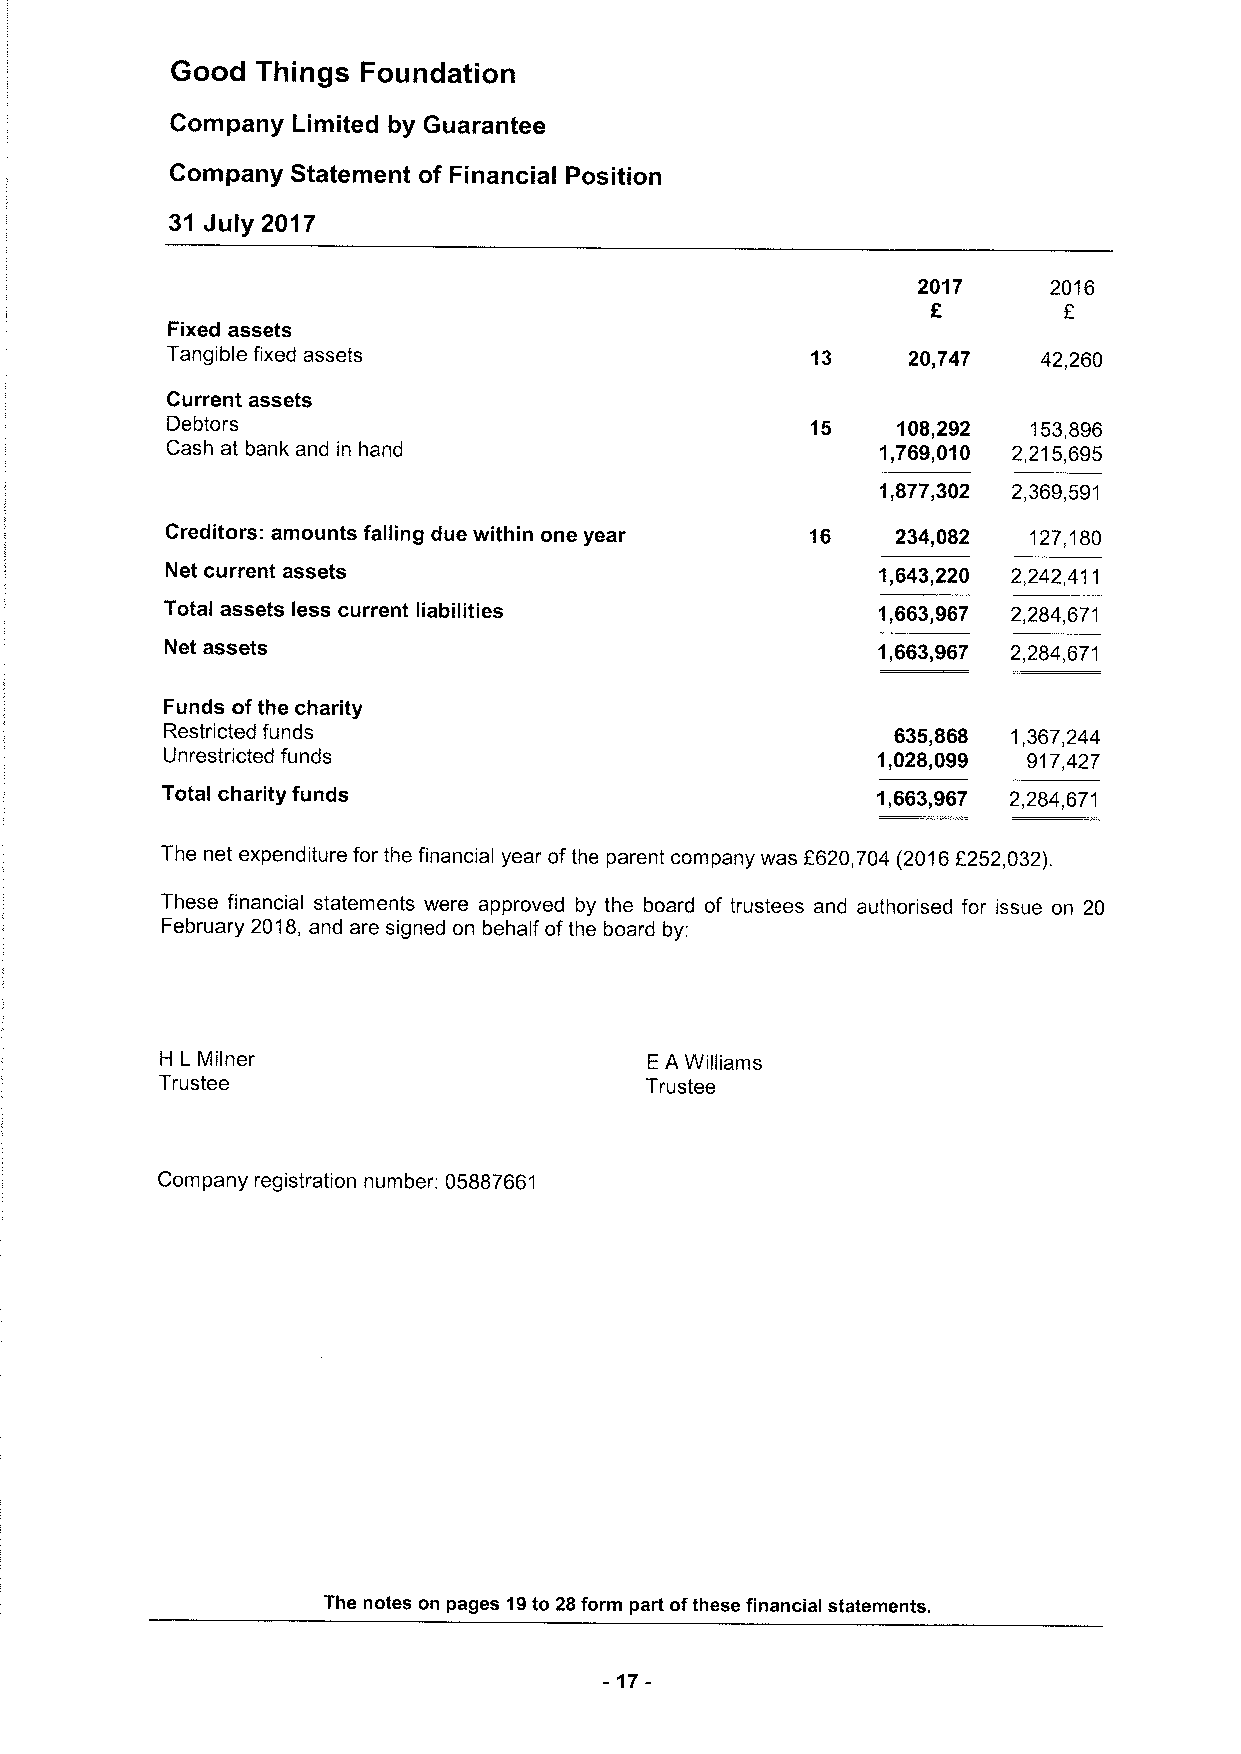
Good  Things Foundation
 Company Limited by Guarantee
 Company Statement of Financial Position
 31 July 2017
 2017    2016
 Fixed assets
 Tangible fixed assets                      13    20,747   42,260
 Current assets
 Debtors                                    15   108,292  153,896
 Cash at bank and in hand                       1,769,010 2,215,695
 1,877,302 2,369,591
 Creditors: amounts falling due within one year 16 234,082 127,180
 Net current assets                             1,643,220 2,242,411
 Total assets less current liabilities          1,663,967 2,284,671
 Net assets                                     1,663,967 2,284,671
 Funds ofthe charity
 Restricted funds                                635,868 1,367,244
 Unrestricted funds                             1,028,099 917,427
 Total charity funds                            1,663,967 2,284,671
 The net expenditure for the financial year ofthe parent company was f620,704 (20166252,032).
 These financial statements were approved by the board of trustees and authorised for issue on 20
 February 2018, and are signed on behalf ofthe board by:
 H L Milner                      EA Williams
 Trustee                          Trustee
 Company registration number: 05887661
 The notes on pages 19to 28form part ofthese financial statements.
 -17-